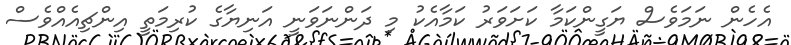
އެހެން ނަމަވެސް ޔަގީންކަމާ ކަށަވަރު ކަމާއެކު މި ދަންނަވަނީ އަނިޔާގެ ކުރިމަތީ އިންޗިއެއްވެސް